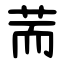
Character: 荋